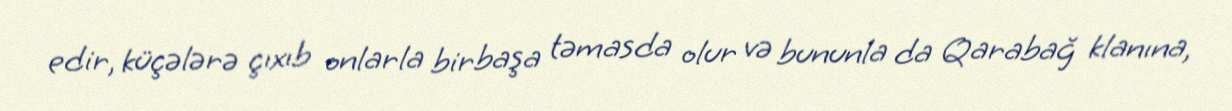
edir, küçələrə çıxıb onlarla birbaşa təmasda olur və bununla da Qarabağ klanına,